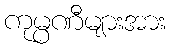
ကုမ္ပဏီများအား